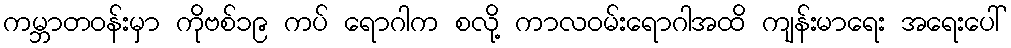
ကမ္ဘာတဝန်းမှာ ကိုဗစ်၁၉ ကပ် ရောဂါက စလို့ ကာလဝမ်းရောဂါအထိ ကျန်းမာရေး အရေးပေါ်